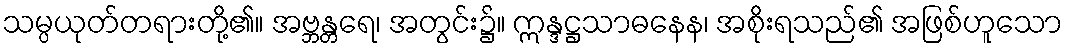
သမ္ပယုတ်တရားတို့၏။ အဗ္ဘန္တရေ၊ အတွင်း၌။ ဣန္ဒဋ္ဌသာဓနေန၊ အစိုးရသည်၏ အဖြစ်ဟူသော